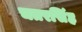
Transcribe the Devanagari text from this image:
चतरसिंह